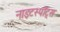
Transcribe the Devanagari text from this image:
नाइटस्पॉट्स